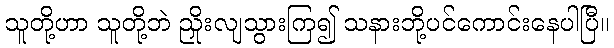
သူတို့ဟာ သူတို့ဘဲ ညှိုးလျသွားကြ၍ သနားဘို့ပင်ကောင်းနေပါပြီ။